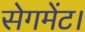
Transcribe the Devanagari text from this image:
सेगमेंट।